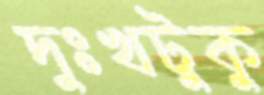
দুঃখটুকু